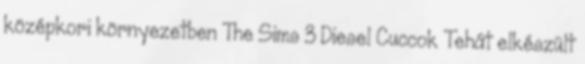
középkori környezetben The Sims 3 Diesel Cuccok Tehát elkészült